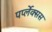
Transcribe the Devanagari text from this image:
पर्प्लेक्सस